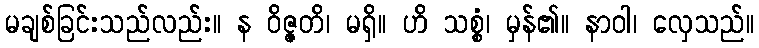
မချစ်ခြင်းသည်လည်း။ န ဝိဇ္ဇတိ၊ မရှိ။ ဟိ သစ္စံ၊ မှန်၏။ နာဝါ၊ လှေသည်။